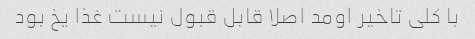
با کلی تاخیر اومد اصلا قابل قبول نیست غذا یخ بود